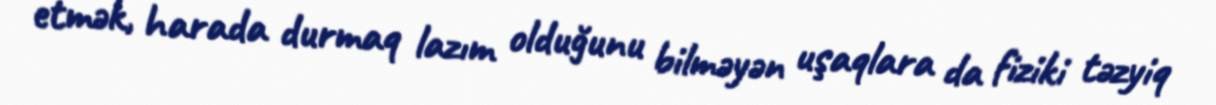
etmək, harada durmaq lazım olduğunu bilməyən uşaqlara da fiziki təzyiq